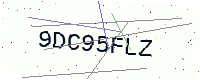
Text: 9DC95FLZ